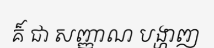
គ៏ ជា សញ្ញាណ បង្ហាញ